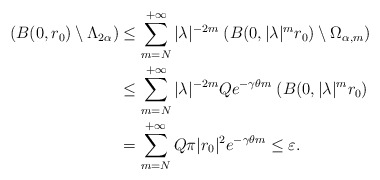
\begin{align*}\;(B(0,r_0)\setminus \Lambda_{2\alpha})&\leq \sum_{m=N}^{+\infty} |\lambda|^{-2m}\;(B(0,|\lambda|^mr_0)\setminus \Omega_{\alpha,m})\\&\leq \sum_{m=N}^{+\infty} |\lambda|^{-2m}Qe^{-\gamma \theta m} \;(B(0,|\lambda|^mr_0)\\&= \sum_{m=N}^{+\infty} Q\pi|r_0|^2e^{-\gamma \theta m} \leq \varepsilon.\end{align*}